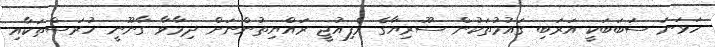
ހަވަނަ ސަބަބަކީ އަރަބި ގައުމުތަކުން ސޫރިޔާގެ ރެފިއުޖީ ރައްޔިތުންނަށް ދިމާވާ ގާނޫނީ ހުރަސްތަކާއި